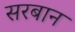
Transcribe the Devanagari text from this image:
सरबान